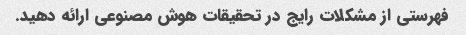
فهرستی از مشکلات رایج در تحقیقات هوش مصنوعی ارائه دهید.